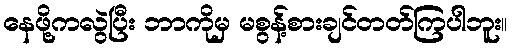
နေဖို့ကလွဲပြီး ဘာကိုမှ မစွန့်စားချင်တတ်ကြပါဘူး။